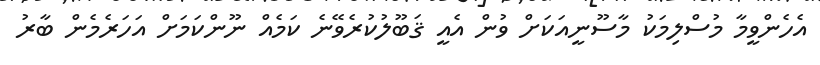
އެހެންވީމާ މުސްލިމަކު މާސޫނީއަކަށް ވުން އެއީ ޤަބޫލުކުރެވޭނެ ކަމެއް ނޫންކަމަށް އަހަރެމެން ބާރު